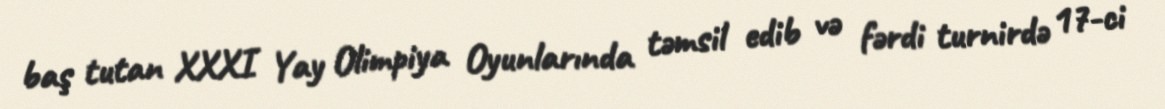
baş tutan XXXI Yay Olimpiya Oyunlarında təmsil edib və fərdi turnirdə 17-ci